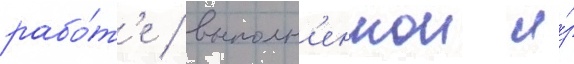
рабо́т'е / выполн'еннои и́з